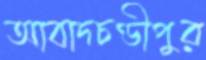
আবাদচণ্ডীপুর